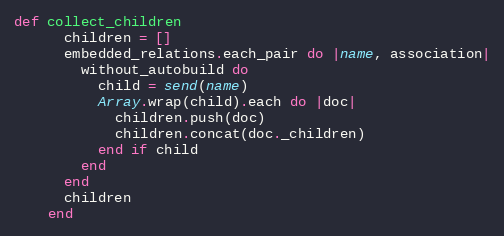
Language: Ruby
def collect_children
      children = []
      embedded_relations.each_pair do |name, association|
        without_autobuild do
          child = send(name)
          Array.wrap(child).each do |doc|
            children.push(doc)
            children.concat(doc._children)
          end if child
        end
      end
      children
    end